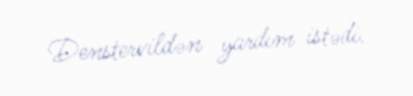
Denstervildən yardım istədi.